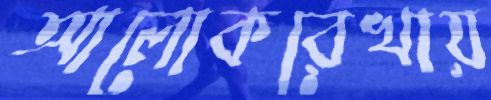
আলোকরেখায়